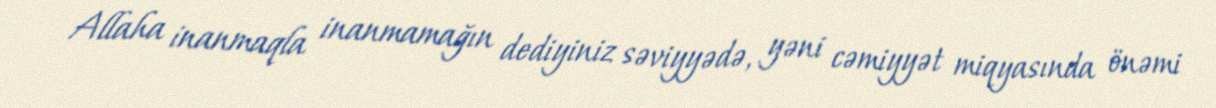
Allaha inanmaqla inanmamağın dediyiniz səviyyədə, yəni cəmiyyət miqyasında önəmi